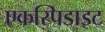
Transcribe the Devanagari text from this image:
एकस्पिडाइट